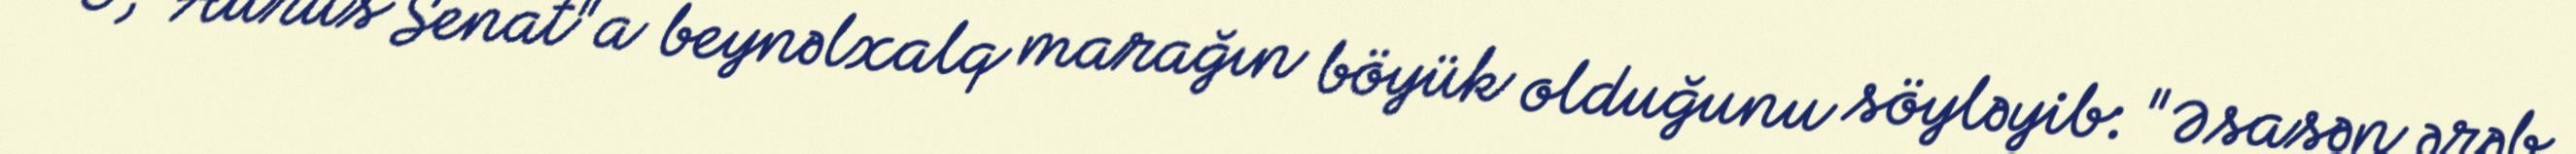
O, "Aurus Senat"a beynəlxalq marağın böyük olduğunu söyləyib: "Əsasən ərəb